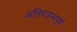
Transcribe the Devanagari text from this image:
अतिरंजनापूर्ण